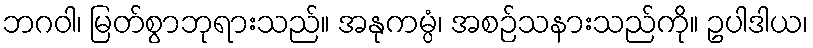
ဘဂဝါ၊ မြတ်စွာဘုရားသည်။ အနုကမ္ပံ၊ အစဉ်သနားသည်ကို။ ဥပါဒါယ၊